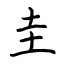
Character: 圭